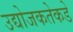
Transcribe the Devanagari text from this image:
उद्योजकतेकडे